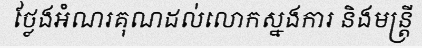
ថ្លែងអំណរគុណដល់លោកស្នងការ និងមន្ត្រី